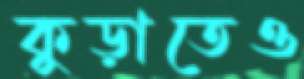
কুড়াতেও